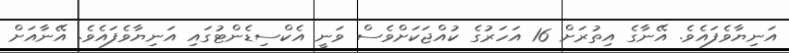
އަނިޔާވެފައެވެ. އޭނާގެ އިތުރަށް 16 އަހަރުގެ ކުއްޖަކަށްވެސް ވަނީ އެކްސިޑެންޓުގައި އަނިޔާވެފައެވެ. އޭނާއަށް